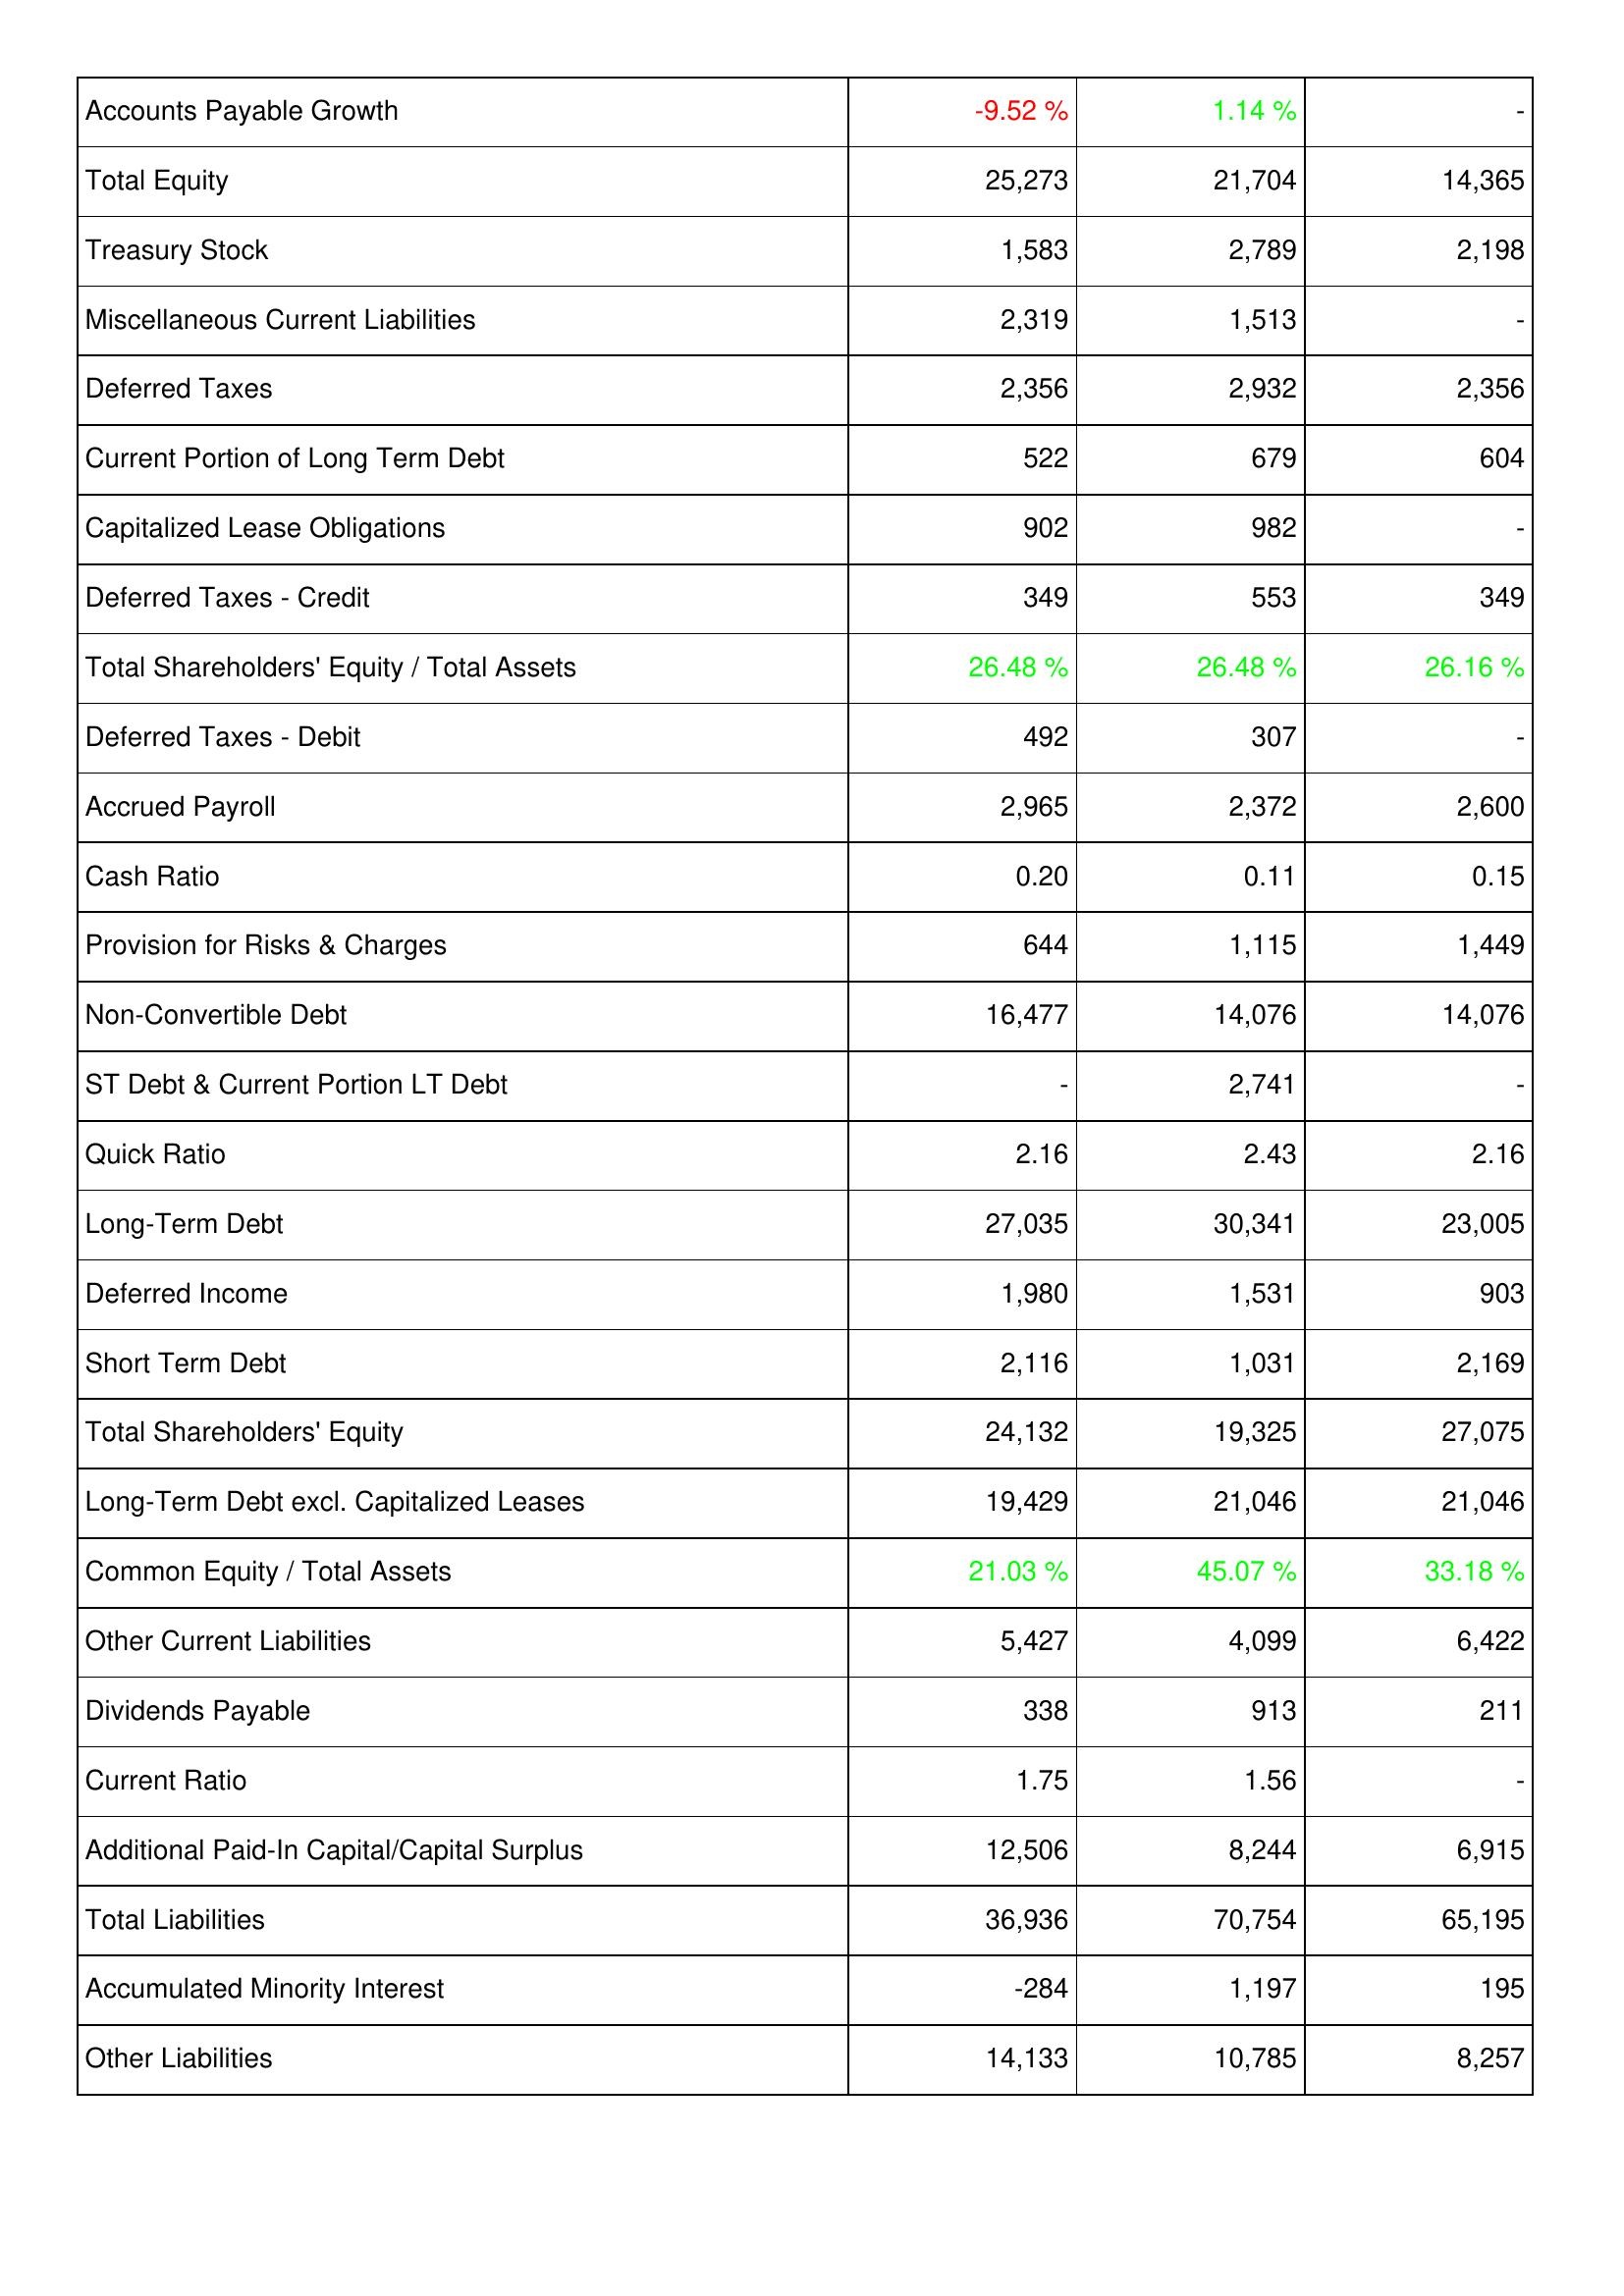
2021: Liabilities & Shareholders' Equity: Accounts Payable Growth: -9.52 %
Total Equity: 25,273
Treasury Stock: 1,583
Miscellaneous Current Liabilities: 2,319
Deferred Taxes: 2,356
Current Portion of Long Term Debt: 522
Capitalized Lease Obligations: 902
Deferred Taxes - Credit: 349
Total Shareholders' Equity / Total Assets: 26.48 %
Deferred Taxes - Debit: 492
Accrued Payroll: 2,965
Cash Ratio: 0.20
Provision for Risks & Charges: 644
Non-Convertible Debt: 16,477
ST Debt & Current Portion LT Debt: -
Quick Ratio: 2.16
Long-Term Debt: 27,035
Deferred Income: 1,980
Short Term Debt: 2,116
Total Shareholders' Equity: 24,132
Long-Term Debt excl. Capitalized Leases: 19,429
Common Equity / Total Assets: 21.03 %
Other Current Liabilities: 5,427
Dividends Payable: 338
Current Ratio: 1.75
Additional Paid-In Capital/Capital Surplus: 12,506
Total Liabilities: 36,936
Accumulated Minority Interest: -284
Other Liabilities: 14,133
2022: Liabilities & Shareholders' Equity: Accounts Payable Growth: 1.14 %
Total Equity: 21,704
Treasury Stock: 2,789
Miscellaneous Current Liabilities: 1,513
Deferred Taxes: 2,932
Current Portion of Long Term Debt: 679
Capitalized Lease Obligations: 982
Deferred Taxes - Credit: 553
Total Shareholders' Equity / Total Assets: 26.48 %
Deferred Taxes - Debit: 307
Accrued Payroll: 2,372
Cash Ratio: 0.11
Provision for Risks & Charges: 1,115
Non-Convertible Debt: 14,076
ST Debt & Current Portion LT Debt: 2,741
Quick Ratio: 2.43
Long-Term Debt: 30,341
Deferred Income: 1,531
Short Term Debt: 1,031
Total Shareholders' Equity: 19,325
Long-Term Debt excl. Capitalized Leases: 21,046
Common Equity / Total Assets: 45.07 %
Other Current Liabilities: 4,099
Dividends Payable: 913
Current Ratio: 1.56
Additional Paid-In Capital/Capital Surplus: 8,244
Total Liabilities: 70,754
Accumulated Minority Interest: 1,197
Other Liabilities: 10,785
2023: Liabilities & Shareholders' Equity: Accounts Payable Growth: -
Total Equity: 14,365
Treasury Stock: 2,198
Miscellaneous Current Liabilities: -
Deferred Taxes: 2,356
Current Portion of Long Term Debt: 604
Capitalized Lease Obligations: -
Deferred Taxes - Credit: 349
Total Shareholders' Equity / Total Assets: 26.16 %
Deferred Taxes - Debit: -
Accrued Payroll: 2,600
Cash Ratio: 0.15
Provision for Risks & Charges: 1,449
Non-Convertible Debt: 14,076
ST Debt & Current Portion LT Debt: -
Quick Ratio: 2.16
Long-Term Debt: 23,005
Deferred Income: 903
Short Term Debt: 2,169
Total Shareholders' Equity: 27,075
Long-Term Debt excl. Capitalized Leases: 21,046
Common Equity / Total Assets: 33.18 %
Other Current Liabilities: 6,422
Dividends Payable: 211
Current Ratio: -
Additional Paid-In Capital/Capital Surplus: 6,915
Total Liabilities: 65,195
Accumulated Minority Interest: 195
Other Liabilities: 8,257